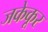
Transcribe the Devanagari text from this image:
जकेकूर